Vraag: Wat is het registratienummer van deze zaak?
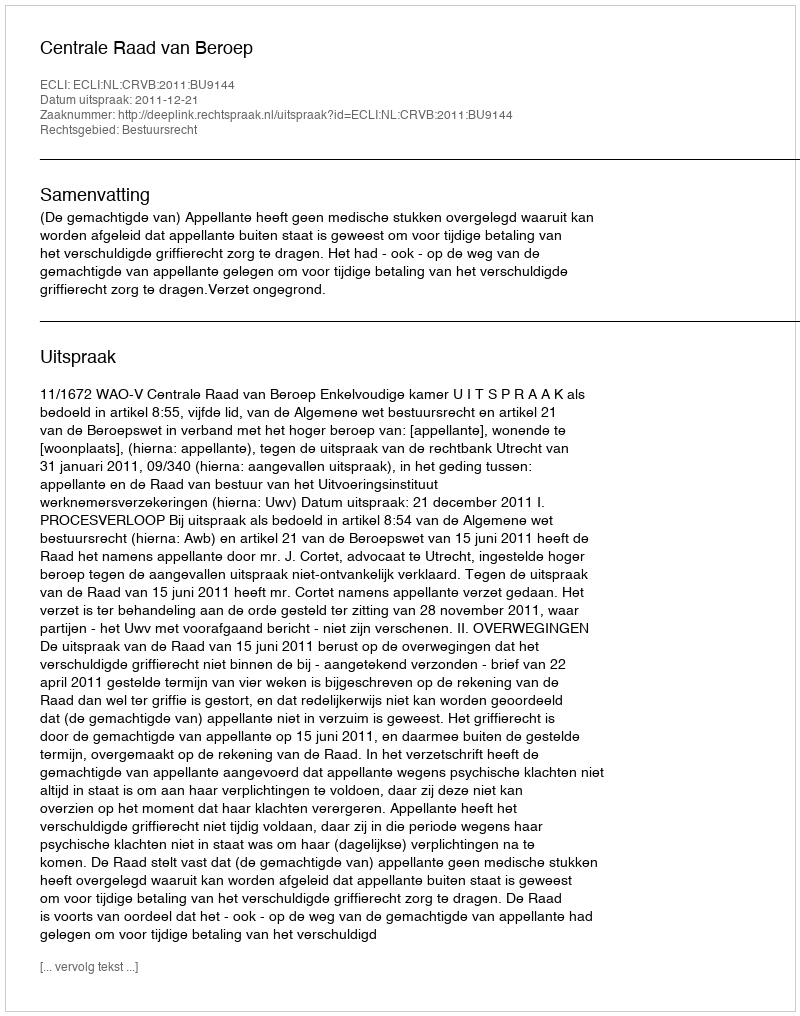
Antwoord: http://deeplink.rechtspraak.nl/uitspraak?id=ECLI:NL:CRVB:2011:BU9144